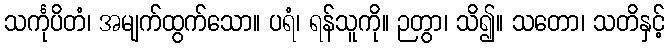
သင်္ကုပိတံ၊ အမျက်ထွက်သော။ ပရံ၊ ရန်သူကို။ ဉတွာ၊ သိ၍။ သတော၊ သတိနှင့်